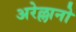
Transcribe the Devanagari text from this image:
अरेल्लानो